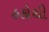
હકોથી